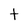
Character: t